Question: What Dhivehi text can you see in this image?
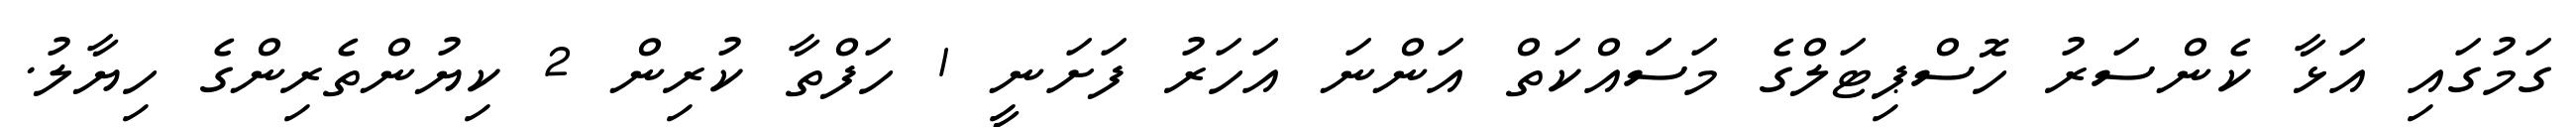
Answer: ގަމުގައި އަޅާ ކެންސަރު ހޮސްޕިޓަލްގެ މަސަައްކަތް އަންނަ އަހަރު ފަށަނީ 1 ހަފްތާ ކުރިން 2 ކިޔުންތެރިންގެ ހިޔާލު.